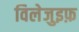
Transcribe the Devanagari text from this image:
विलेजुइफ़